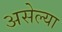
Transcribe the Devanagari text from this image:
असेल्या